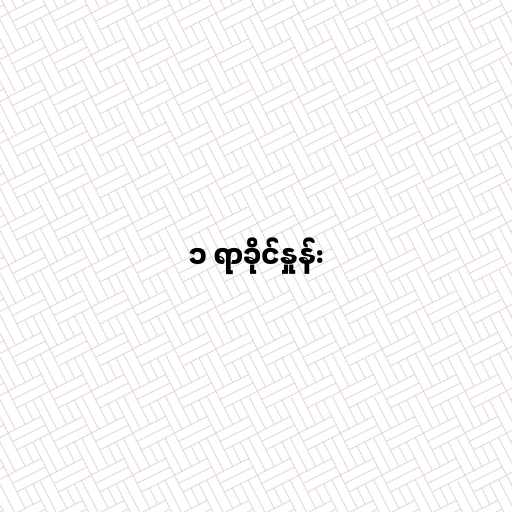
၁ ရာခိုင်နှုန်း